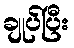
ချုပ်ပြီး